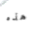
هذه